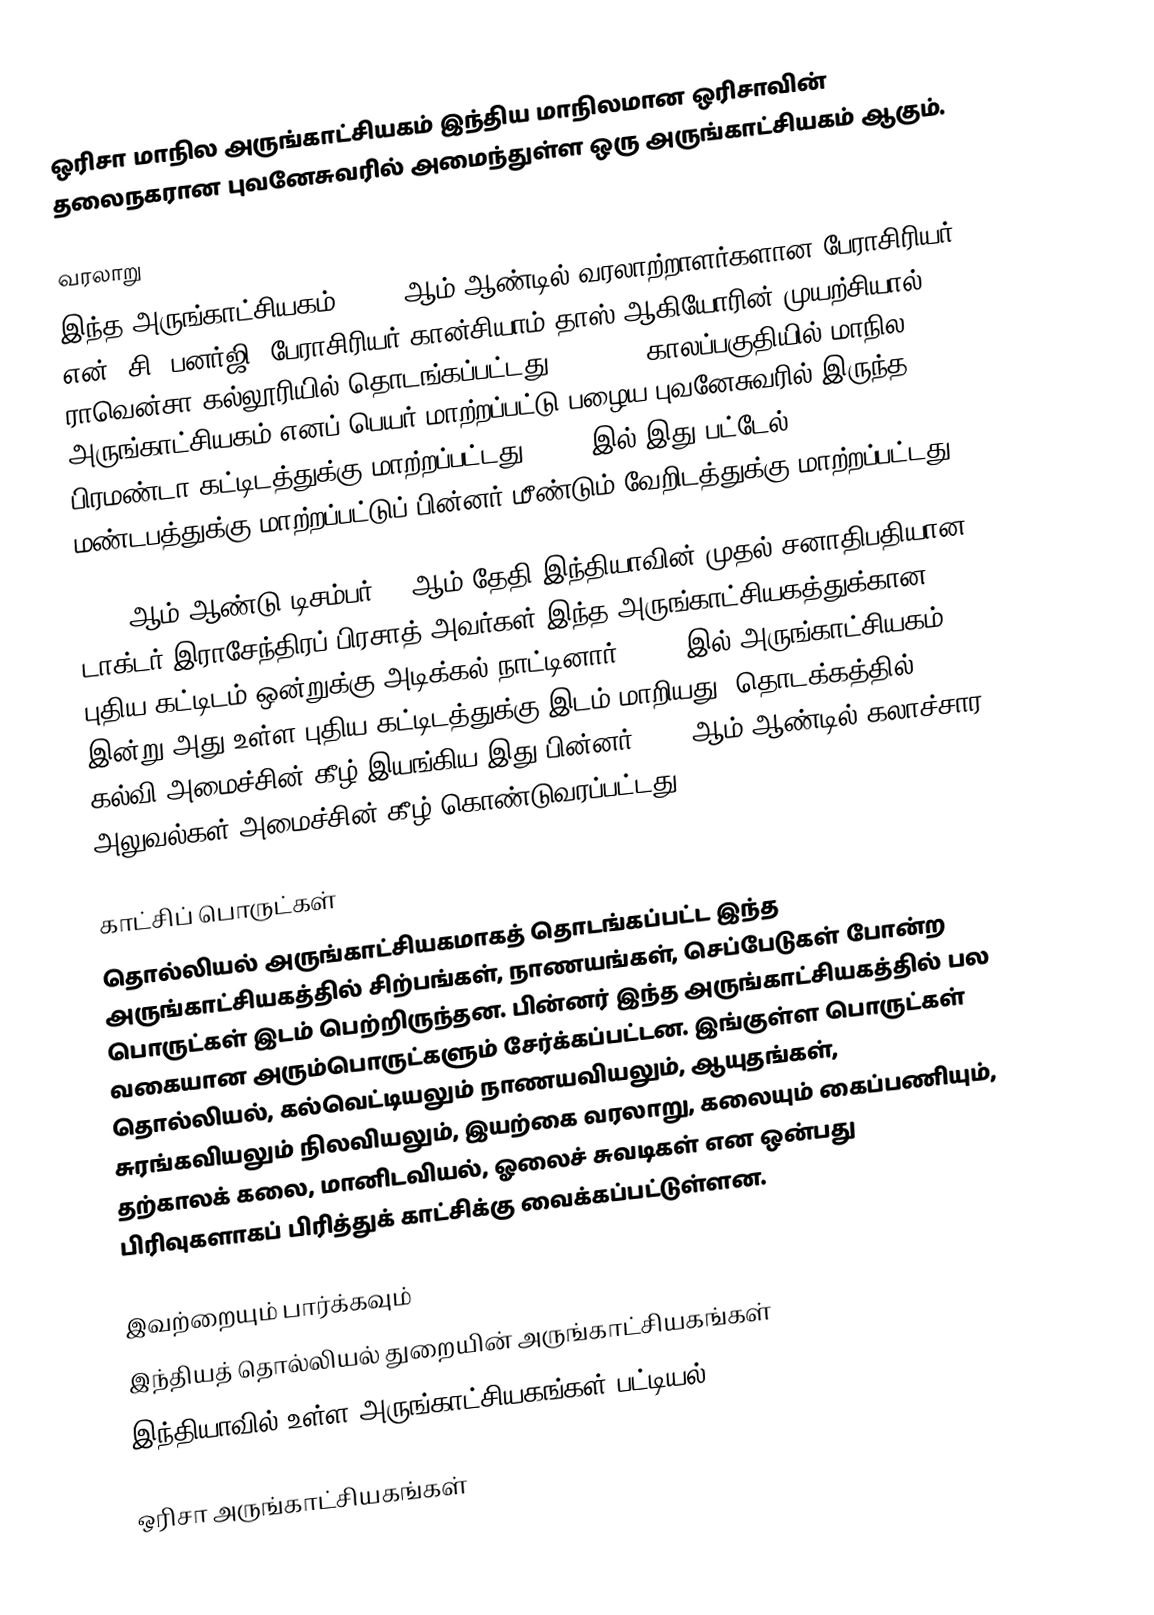
ஒரிசா மாநில அருங்காட்சியகம் இந்திய மாநிலமான ஒரிசாவின் தலைநகரான புவனேசுவரில் அமைந்துள்ள ஒரு அருங்காட்சியகம் ஆகும்.

வரலாறு
இந்த அருங்காட்சியகம், 1932 ஆம் ஆண்டில் வரலாற்றாளர்களான பேராசிரியர் என். சி. பனர்ஜி, பேராசிரியர் கான்சியாம் தாஸ் ஆகியோரின் முயற்சியால் ராவென்சா கல்லூரியில் தொடங்கப்பட்டது. 1945-46 காலப்பகுதியில் மாநில அருங்காட்சியகம் எனப் பெயர் மாற்றப்பட்டு பழைய புவனேசுவரில் இருந்த பிரமண்டா கட்டிடத்துக்கு மாற்றப்பட்டது. 1950 இல் இது பட்டேல் மண்டபத்துக்கு மாற்றப்பட்டுப் பின்னர் மீண்டும் வேறிடத்துக்கு மாற்றப்பட்டது.

1957 ஆம் ஆண்டு டிசம்பர் 27 ஆம் தேதி இந்தியாவின் முதல் சனாதிபதியான டாக்டர் இராசேந்திரப் பிரசாத் அவர்கள் இந்த அருங்காட்சியகத்துக்கான புதிய கட்டிடம் ஒன்றுக்கு அடிக்கல் நாட்டினார். 1960 இல் அருங்காட்சியகம் இன்று அது உள்ள புதிய கட்டிடத்துக்கு இடம் மாறியது. தொடக்கத்தில் கல்வி அமைச்சின் கீழ் இயங்கிய இது பின்னர் 1958 ஆம் ஆண்டில் கலாச்சார அலுவல்கள் அமைச்சின் கீழ் கொண்டுவரப்பட்டது.

காட்சிப் பொருட்கள்
தொல்லியல் அருங்காட்சியகமாகத் தொடங்கப்பட்ட இந்த அருங்காட்சியகத்தில் சிற்பங்கள், நாணயங்கள், செப்பேடுகள் போன்ற பொருட்கள் இடம் பெற்றிருந்தன. பின்னர் இந்த அருங்காட்சியகத்தில் பல வகையான அரும்பொருட்களும் சேர்க்கப்பட்டன. இங்குள்ள பொருட்கள் தொல்லியல், கல்வெட்டியலும் நாணயவியலும், ஆயுதங்கள், சுரங்கவியலும் நிலவியலும், இயற்கை வரலாறு, கலையும் கைப்பணியும், தற்காலக் கலை, மானிடவியல், ஓலைச் சுவடிகள் என ஒன்பது பிரிவுகளாகப் பிரித்துக் காட்சிக்கு வைக்கப்பட்டுள்ளன.

இவற்றையும் பார்க்கவும்
 இந்தியத் தொல்லியல் துறையின் அருங்காட்சியகங்கள்
 இந்தியாவில் உள்ள அருங்காட்சியகங்கள் பட்டியல்

ஒரிசா அருங்காட்சியகங்கள்